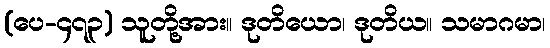
(ပေ-၄၇၃) သူတို့အား။ ဒုတိယော၊ ဒုတိယ။ သမာဂမာ၊